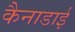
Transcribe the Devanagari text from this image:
कैनाडाई